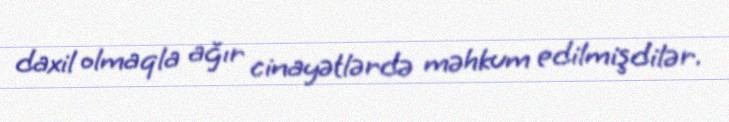
daxil olmaqla ağır cinayətlərdə məhkum edilmişdilər.